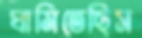
ঘামিতেছিস